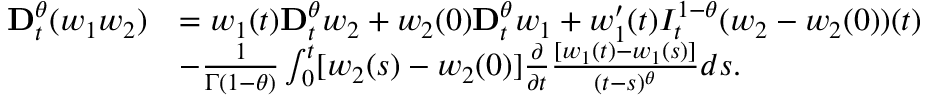
\begin{array} { r l } { \mathbf { D } _ { t } ^ { \theta } ( w _ { 1 } w _ { 2 } ) } & { = w _ { 1 } ( t ) \mathbf { D } _ { t } ^ { \theta } w _ { 2 } + w _ { 2 } ( 0 ) \mathbf { D } _ { t } ^ { \theta } w _ { 1 } + w _ { 1 } ^ { \prime } ( t ) I _ { t } ^ { 1 - \theta } ( w _ { 2 } - w _ { 2 } ( 0 ) ) ( t ) } \\ & { - \frac { 1 } { \Gamma ( 1 - \theta ) } \int _ { 0 } ^ { t } [ w _ { 2 } ( s ) - w _ { 2 } ( 0 ) ] \frac { \partial } { \partial t } \frac { [ w _ { 1 } ( t ) - w _ { 1 } ( s ) ] } { ( t - s ) ^ { \theta } } d s . } \end{array}